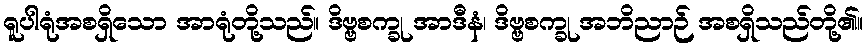
ရူပါရုံအစရှိသော အာရုံတို့သည်။ ဒိဗ္ဗစက္ခု အာဒီနံ၊ ဒိဗ္ဗစက္ခု အဘိညာဉ် အစရှိသည်တို့၏။